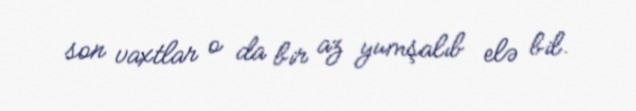
son vaxtlar o da bir az yumşalıb elə bil.